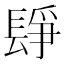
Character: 𨲌